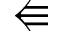
\Lleftarrow